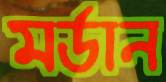
মর্ডান